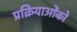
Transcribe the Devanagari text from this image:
प्रक्रियाओंको